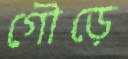
গৌড়ে